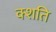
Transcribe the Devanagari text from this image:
क्शति